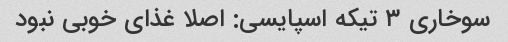
سوخاری ۳ تیکه اسپایسی: اصلا غذای خوبی نبود